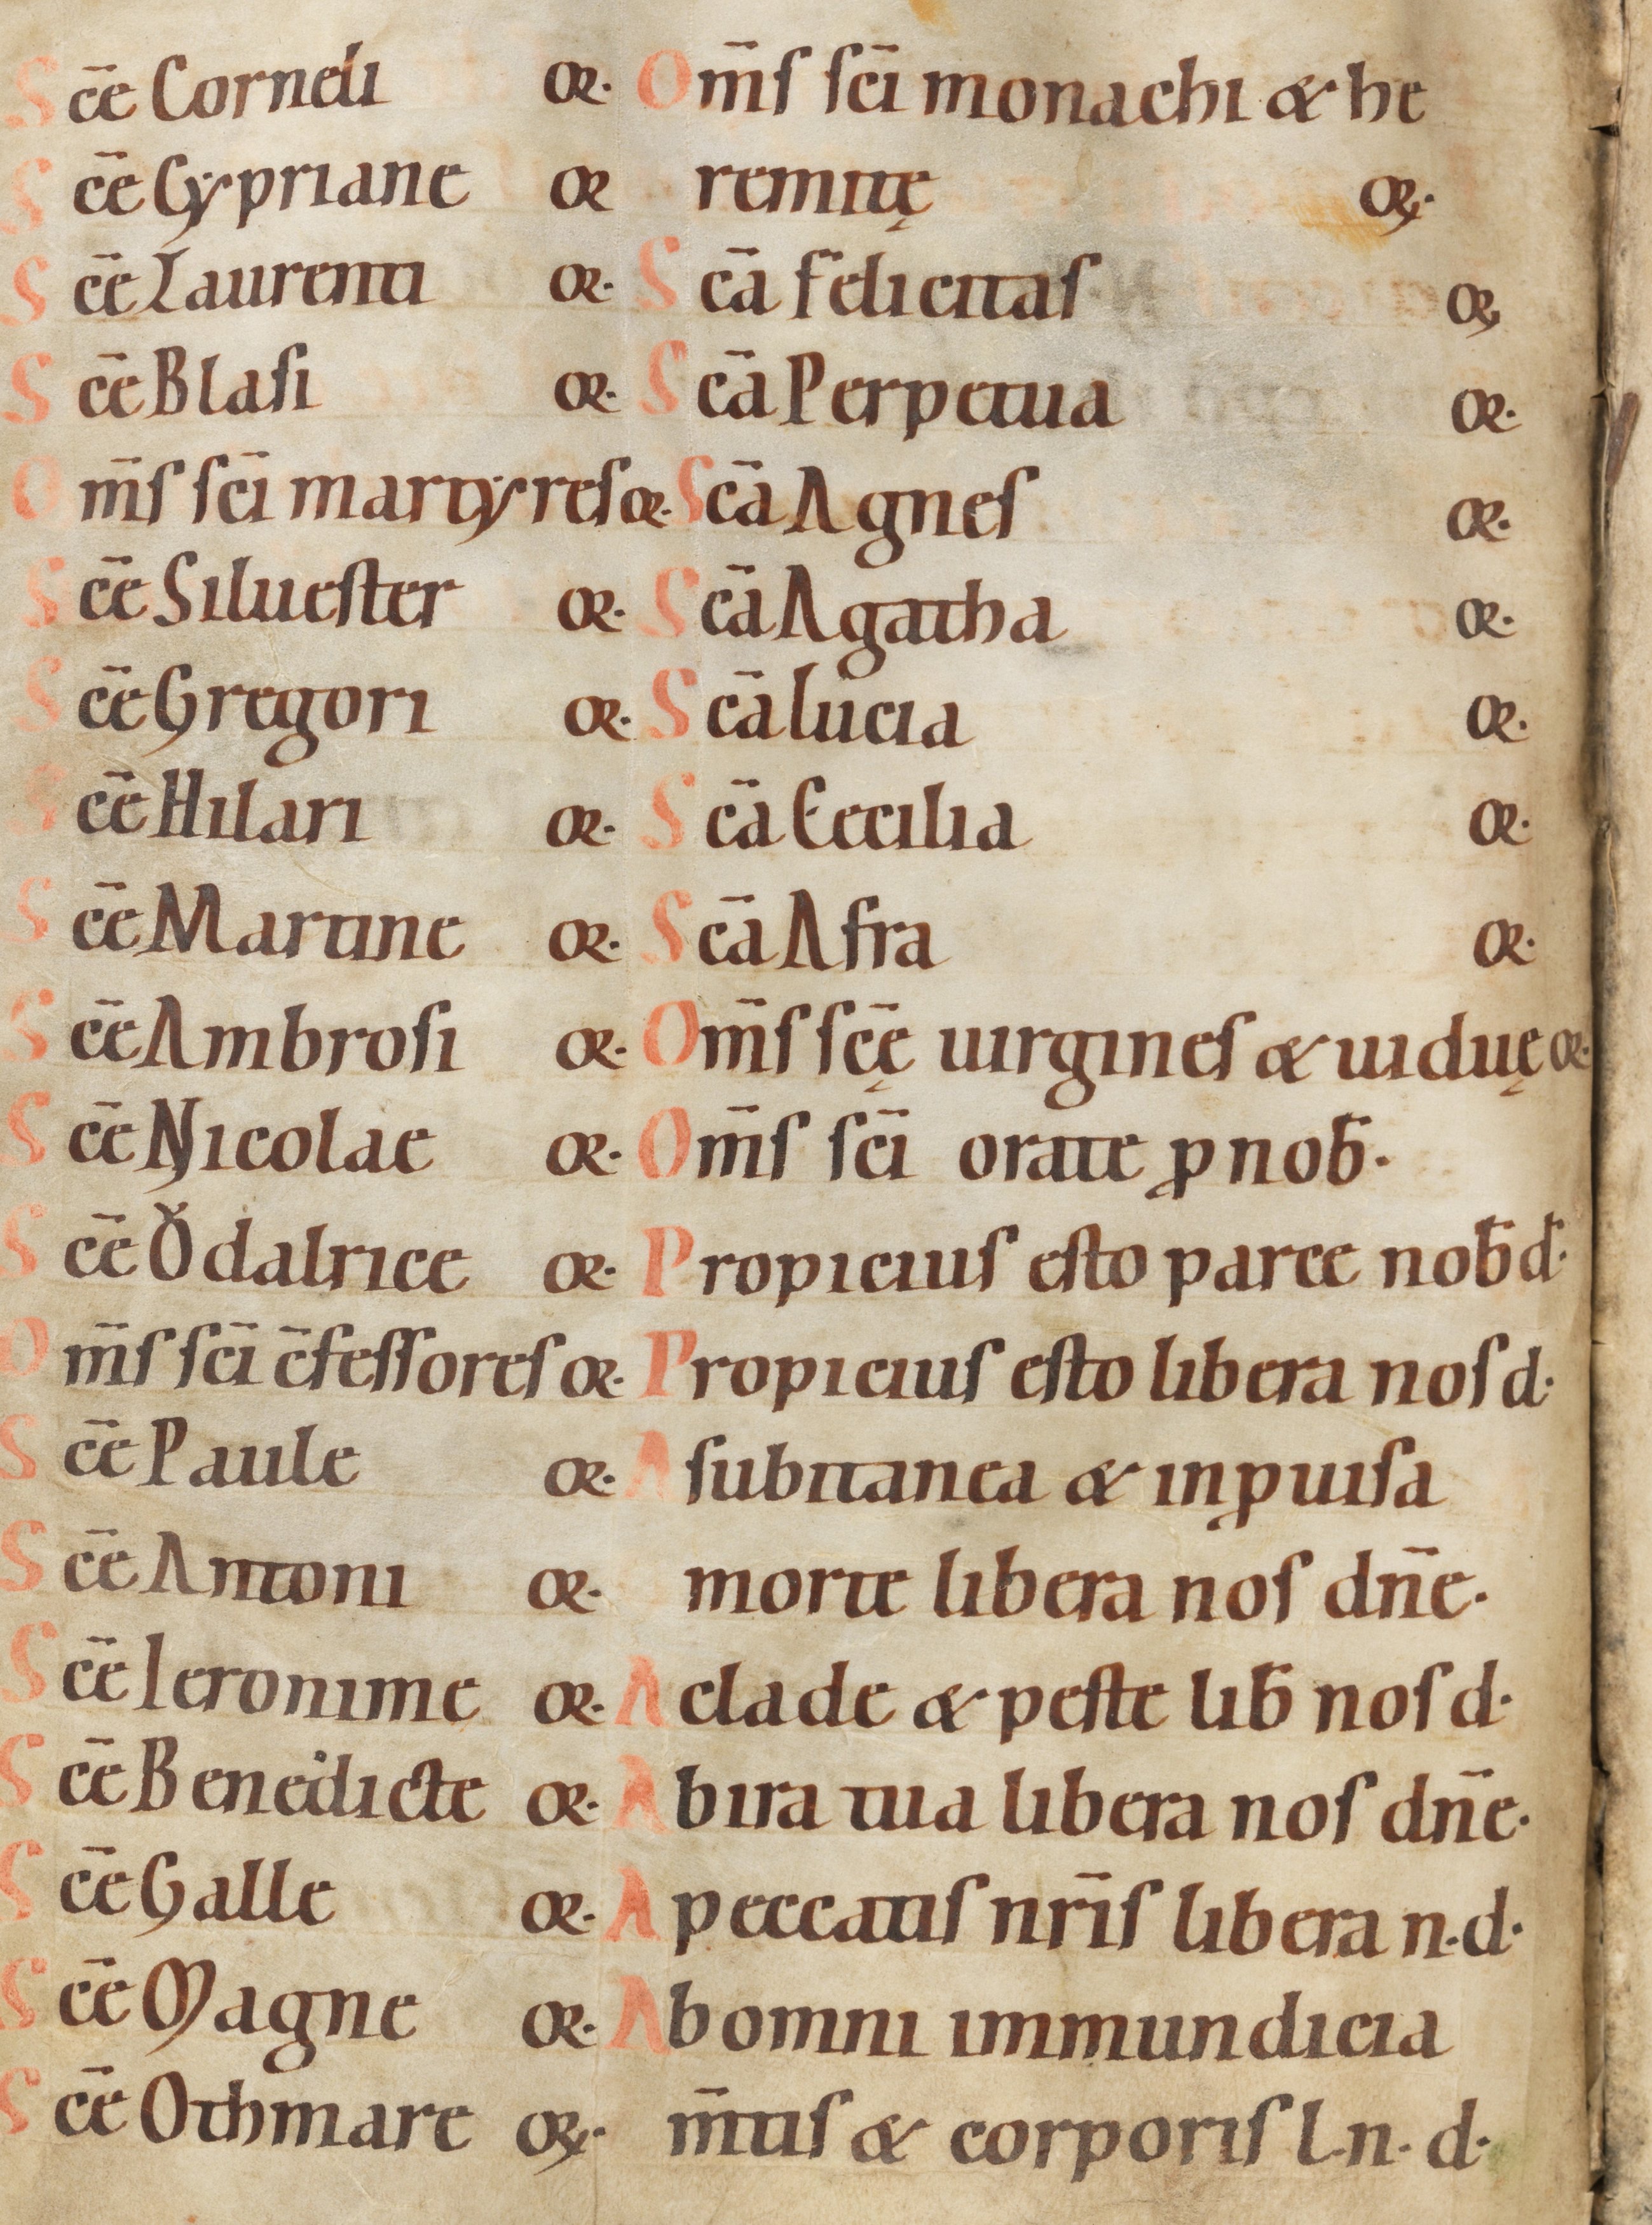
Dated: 1100–1199